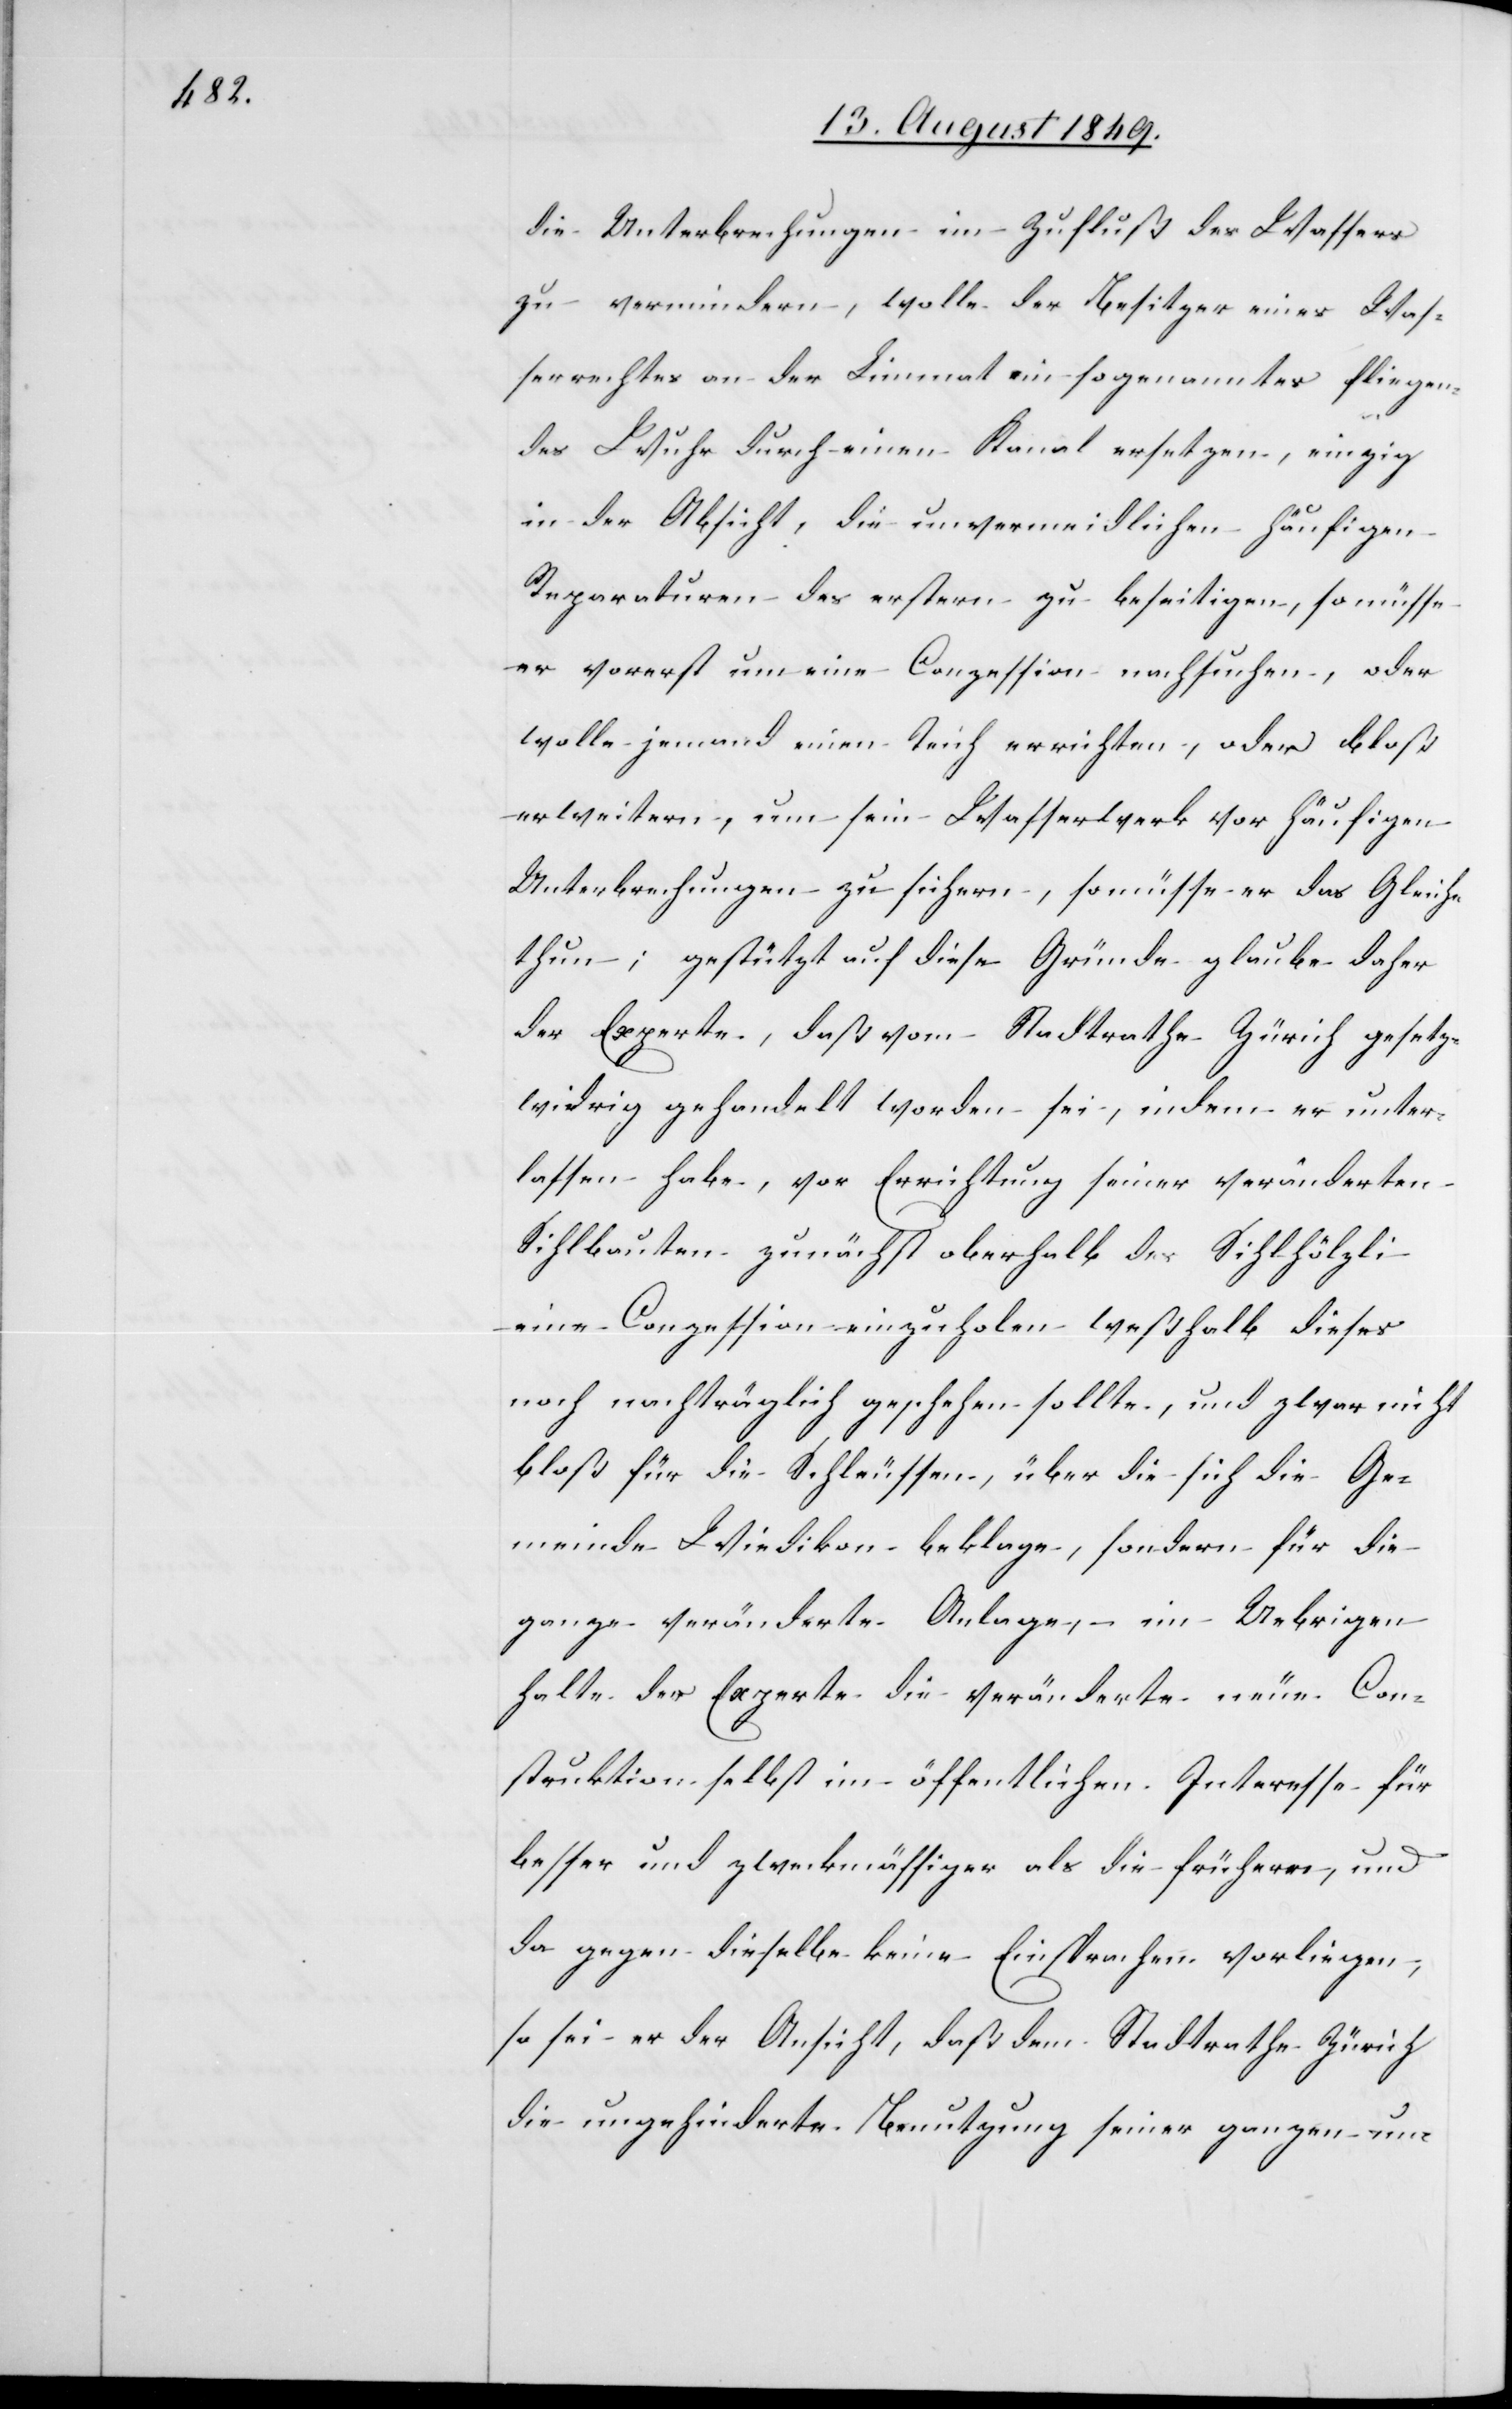
die Unterbrechungen im Zufluß des Wassers
zu vermindern, wolle der Besitzer eines Was¬
serrechtes an der Limmat ein sogenanntes fliegen¬
des Wuhr durch einen Kanal ersetzen, einzig
in der Absicht, die unvermeidlichen häufigen
Reparaturen des erstern zu beseitigen, so müsse
er vorerst um eine Conzession nachsuchen, oder
wolle jemand einen Teich errichten, oder bloß
erweitern, um sein Wasserwerk vor häufigen
Unterbrechungen zu sichern, so müsse er das Gleiche
thun; gestützt auf diese Gründe glaube daher
der Experte, daß vom Stadtrathe Zürich gesetz¬
widrig gehandelt worden sei, indem er unter¬
lassen habe, vor Errichtung seiner veränderten
Sihlbauten zunächst oberhalb des Sihlhölzli
eine Conzession einzuholen weßhalb dieses
noch nachträglich geschehen sollte, und zwar nicht
bloß für die Schleussen, über die sich die die Ge¬
meinde Wiedikon beklage, sondern für die
ganze veränderte Anlage, – im Uebrigen
halte der Experte die veränderte neue Con¬
struktion selbst im öffentlichen Interesse für
besser und zweckmässiger als die frühere, und
da gegen dieselbe keine Einsprachen vorliegen,
so sei er der Ansicht, daß dem Stadtrathe Zürich
die ungehinderte Benutzung seiner ganzen un-